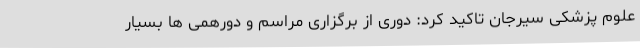
علوم پزشکی سیرجان تاکید کرد: دوری از برگزاری مراسم و دورهمی ها بسیار